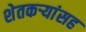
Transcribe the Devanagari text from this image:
शेतकर्‍यांसह